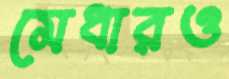
মেধারও